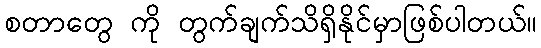
စတာတွေ ကို တွက်ချက်သိရှိနိုင်မှာဖြစ်ပါတယ်။